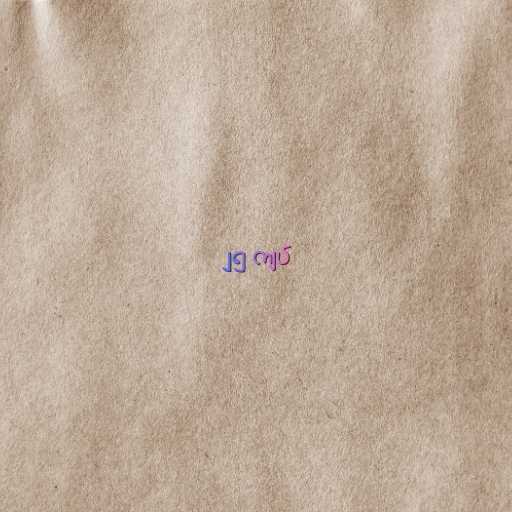
၂၅ ကျပ်